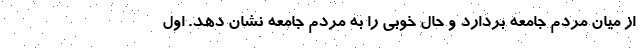
از میان مردم جامعه بردارد و حال خوبی را به مردم جامعه نشان دهد. اول